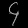
Digit: ၄